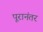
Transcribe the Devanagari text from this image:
पूरानंतर